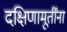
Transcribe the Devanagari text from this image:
दक्षिणामूर्तींना